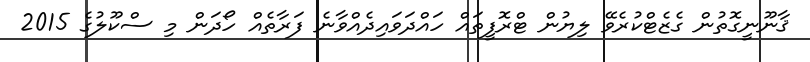
ޤާނޫނީގޮތުން ގެޒެޓްކުރެވޭ ލިޔުން ޓްރޮފީތައް ހައްދަވައިދެއްވާނެ ފަރާތެއް ހޯދަން މި ސްކޫލުގެ 2015